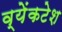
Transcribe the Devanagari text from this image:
व्येंकटेश